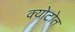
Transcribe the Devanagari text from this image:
क्योटोत